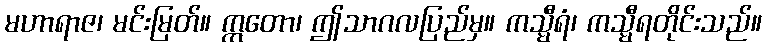
မဟာရာဇ၊ မင်းမြတ်။ ဣတော၊ ဤသာဂလပြည်မှ။ ကသ္မီရံ၊ ကသ္မီရတိုင်းသည်။